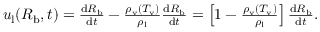
\begin{array} { r } { u _ { \mathrm { l } } ( R _ { \mathrm { b } } , t ) = \frac { \mathrm d R _ { \mathrm { b } } } { \mathrm d t } - \frac { \rho _ { \mathrm { v } } \left( T _ { \mathrm { v } } \right) } { \rho _ { \mathrm { l } } } \frac { \mathrm d R _ { \mathrm { b } } } { \mathrm d t } = \left[ 1 - \frac { \rho _ { \mathrm { v } } \left( T _ { \mathrm { v } } \right) } { \rho _ { \mathrm { l } } } \right] \frac { \mathrm d R _ { \mathrm { b } } } { \mathrm d t } . } \end{array}